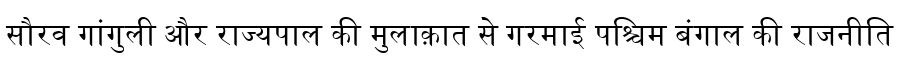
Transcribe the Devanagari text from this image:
सौरव गांगुली और राज्यपाल की मुलाक़ात से गरमाई पश्चिम बंगाल की राजनीति